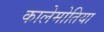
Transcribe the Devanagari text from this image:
कालेमोतिया